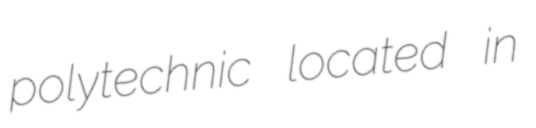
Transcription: polytechnic located in